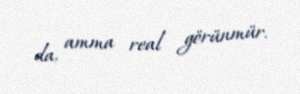
da, amma real görünmür.